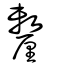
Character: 釐